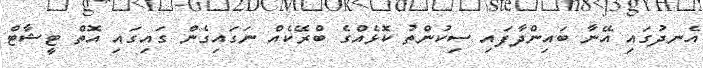
އެނދުގައި އޭނާ ބައިންދާފައި ސިކުންތު ކޮޅެއްގެ ބްރޭކެއް ނަގައިގެން ގައިގައި އޮތް ޓީޝާޓް